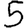
Digit: 5